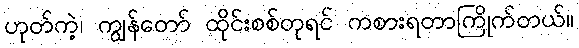
ဟုတ်ကဲ့၊ ကျွန်တော် ထိုင်းစစ်တုရင် ကစားရတာကြိုက်တယ်။